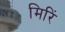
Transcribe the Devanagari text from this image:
मिरिं